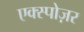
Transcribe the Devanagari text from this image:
एक्स्पोज़र